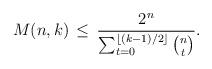
LaTeX: \begin{align*}M(n,k) \,\le\, \frac{2^n}{\sum_{t=0}^{\lfloor(k-1)/2\rfloor}\binom{n}{t}}.\end{align*}